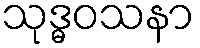
သုဒ္ဓဝသနာ